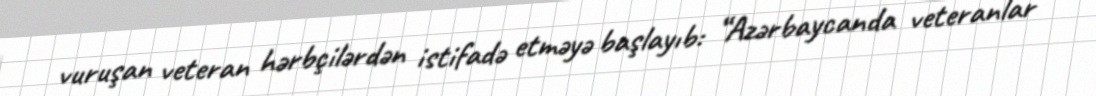
vuruşan veteran hərbçilərdən istifadə etməyə başlayıb: “Azərbaycanda veteranlar